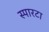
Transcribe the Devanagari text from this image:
स्पारटा